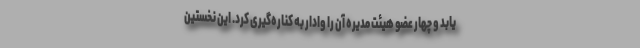
یابد و چهار عضو هیئت مدیره آن را وادار به کناره‌گیری کرد. این نخستین